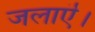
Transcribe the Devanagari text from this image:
जलाऎ।